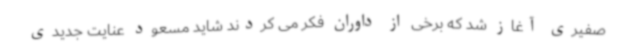
صفیری آغاز شد که برخی از داوران فکر می کردند شاید مسعود عنایت جدیدی